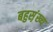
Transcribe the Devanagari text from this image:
बहुस़़ंख्य